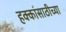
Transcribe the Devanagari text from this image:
हक्कांसाठीच्या